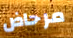
مرحاض